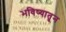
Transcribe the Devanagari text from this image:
भविष्यातून